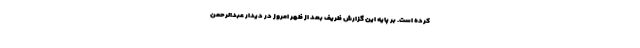
کرده است. بر پایه این گزارش ظریف بعد از ظهر امروز در دیدار عبدالرحمن